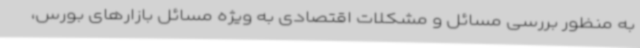
به منظور بررسی مسائل و مشکلات اقتصادی به ویژه مسائل بازارهای بورس،